Inquiry into the circumstances attending an outbreak of cholera in H. M.'s 18th Hussars at Secunderabad in the month of May
Year: 1871
Disease focus: Cholera
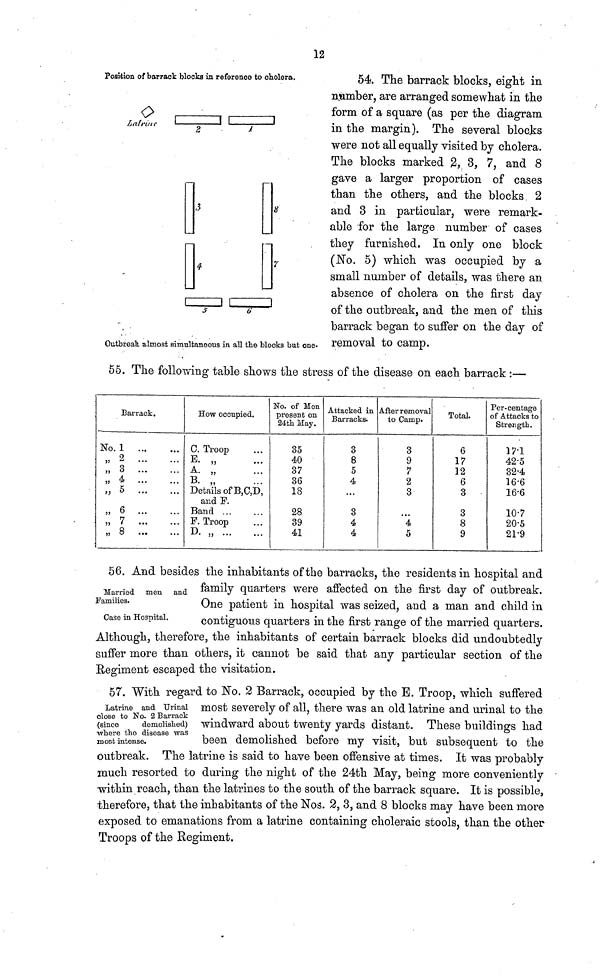
12
Position of barrack blocks in reference to cholera.
Outbreak almost simultaneous in all the blocks but one
54. The barrack blocks, eight in
number, are arranged somewhat in the
form of a square (as per the diagram
in the margin). The several blocks
were not all equally visited by cholera.
The blocks marked 2, 3, 7, and 8
gave a larger proportion of cases
than the others, and the blocks 2
and 3 in particular, were remark-
able for the large number of cases
they furnished. In only one block
(No. 5) which was occupied by a
small number of details, was there an
absence of cholera on the first day
of the outbreak, and the men of this
barrack began to suffer on the day of
, removal to camp.
55. The following table shows the stress of the disease on each barrack :—
Barrack.
No. 1
,, 2
,, 3
,, 4
„ 5
„ 6
„ 7
„ 8
How occupied.
C. Troop
E. „
A. „
B. „
Details of B,C,D,
and F.
Band ...
F. Troop
D. „
No. of Mon
present on
24th May.
35
40
37
36
18
28
39
41
Attacked in
Barracks.
3
8
5
4
...
3
4
4
After removal
to Camp.
3
9
7
2
3
. . .
4
5
Total.
6
17
12
6
3
3
8
9
Per-centage
of Attacks to
Strength.
17.1
42.5
32.4
16.6
16.6
107
20.5
21.9
Married men and
Families.
Case in Hospital.
56. And besides the inhabitants of the barracks, the residents in hospital and
family quarters were affected on the first day of outbreak.
One patient in hospital was seized, and a man and child in
contiguous Quarters in the first range of the married quarters.
Although, therefore, the inhabitants of certain barrack blocks did undoubtedly
suffer more than others, it cannot be said that any particular section of the
Regiment escaped the visitation.
Latrine and Urinal
close to No. 2 Barrack
(since
demolished)
where the disease was
most intense.
57. With regard to No. 2 Barrack, occupied by the E. Troop, which suffered
most severely of all, there was an old latrine and urinal to the
windward about twenty yards distant. These buildings had
been demolished before my visit, but subsequent to the
outbreak. The latrine is said to have been offensive at times. It was probably
much resorted to during the night of the 24th May, being more conveniently
within reach, than the latrines to the south of the barrack square. It is possible,
therefore, that the inhabitants of the Nos. 2, 3, and 8 blocks may have been more
exposed to emanations from a latrine containing choleraic stools, than the other
Troops of the Regiment.